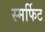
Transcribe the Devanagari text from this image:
स्मर्फिट